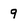
Character: 9